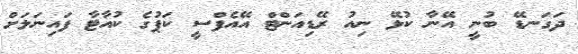
ދަގަނޑޭ ބުނީ އޭނާ ކުޅޭ ނިއު ރޭޑިއަންޓް އޭއެފްސީ ކަޕުގެ ކުއާޓާ ފައިނަލަށް